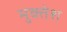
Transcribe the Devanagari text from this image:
मुक्तेश